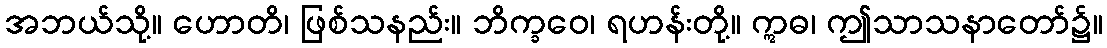
အဘယ်သို့။ ဟောတိ၊ ဖြစ်သနည်း။ ဘိက္ခဝေ၊ ရဟန်းတို့။ ဣဓ၊ ဤသာသနာတော်၌။